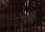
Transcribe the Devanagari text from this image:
रिस्ले